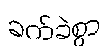
ခက်ခဲစွာ